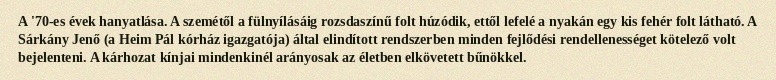
A '70-es évek hanyatlása. A szemétől a fülnyílásáig rozsdaszínű folt húzódik, ettől lefelé a nyakán egy kis fehér folt látható. A Sárkány Jenő (a Heim Pál kórház igazgatója) által elindított rendszerben minden fejlődési rendellenességet kötelező volt bejelenteni. A kárhozat kínjai mindenkinél arányosak az életben elkövetett bűnökkel.